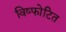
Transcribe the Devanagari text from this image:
विष्फोटित